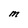
Character: M